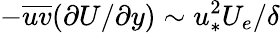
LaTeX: -\overline{{uv}}(\partial U/\partial y)\sim u_{*}^{2}U_{e}/\delta